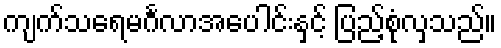
ကျက်သရေမင်္ဂလာအပေါင်းနှင့် ပြည့်စုံလှသည်။